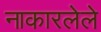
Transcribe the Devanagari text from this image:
नाकारलेले